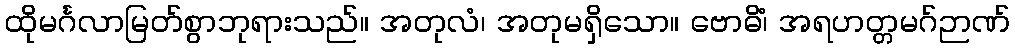
ထိုမင်္ဂလာမြတ်စွာဘုရားသည်။ အတုလံ၊ အတုမရှိသော။ ဗောဓိံ၊ အရဟတ္တမဂ်ဉာဏ်